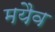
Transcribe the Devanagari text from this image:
मयैव